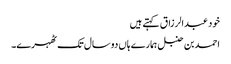
خود عبدالرزاق کہتے ہیں
احمد بن حنبل ہمارے ہاں دو سال تک ٹھہرے۔